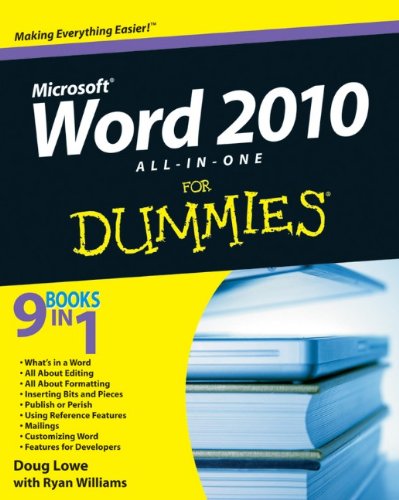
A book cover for Word 2010 All-in-One For Dummies; Doug Lowe; Computers & Technology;